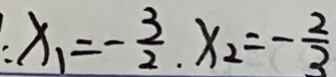
x _ { 1 } = - \frac { 3 } { 2 } , x _ { 2 } = - \frac { 2 } { 3 }